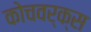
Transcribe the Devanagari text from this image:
कोचवर्क्स